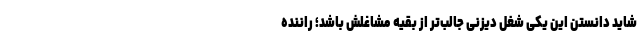
شاید دانستن این یکی شغل دیزنی جالب‌تر از بقیه مشاغلش باشد؛ راننده